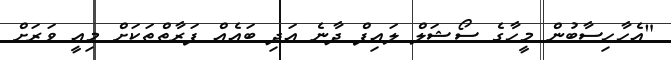
"އެހާހިސާބުން މީހާގެ ސޯޝަލް ލައިފް ދާނެ އަދި ބައެއް ފަރާތްތަކަށް މިއީ ވަރަށް